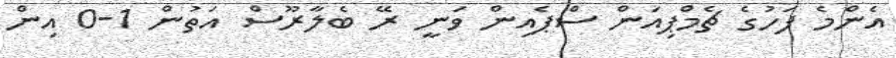
އެންމެ ފަހުގެ ޗެމްޕިއަން ސްޕެއިން ވަނީ ރޭ ބެލާރޫސް އަތުން 1-0 އިން